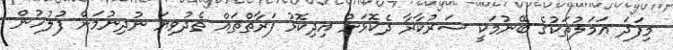
މިފަދަ އަމަލުތަކުގެ ބޭނުމަކީ ސަރުކާރާ ދެކޮޅަށް އިދިކޮޅު ފަރާތްތައް ތެދުވިޔަ ނުދިނުމަށް ފުލުހުން